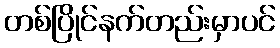
တစ်ပြိုင်နက်တည်းမှာပင်